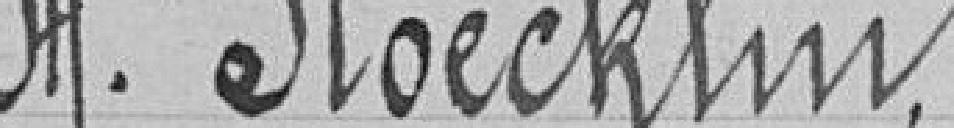
Stoecklin